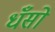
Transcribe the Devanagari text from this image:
धँसो